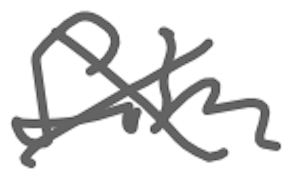
Text: film
Cross-out: cross
Writing tool: digital_gray